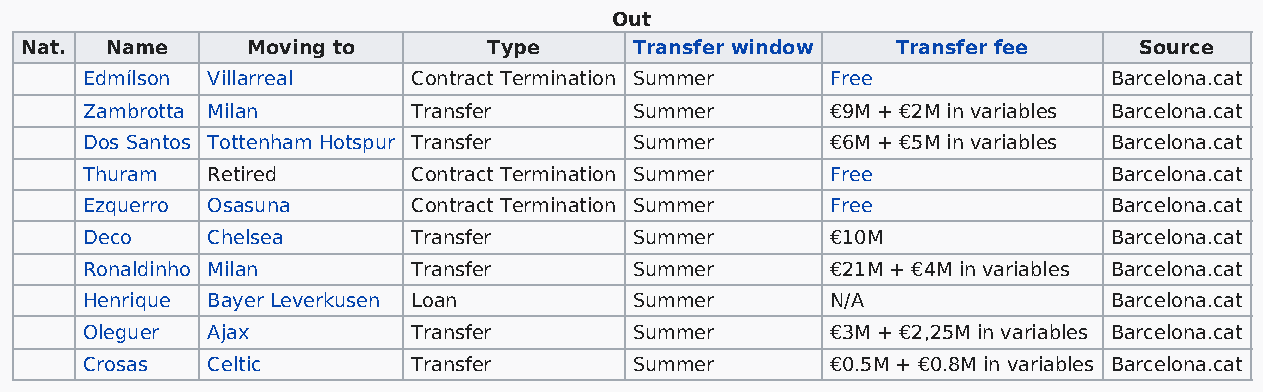
Out
 Nat.  Name     Moving to       Type      Transfer window  Transfer fee    Source
 Edmílson Villarreal   Contract Termination Summer Free              Barcelona.cat
 Zambrotta Milan       Transfer       Summer       €9M + €2M in variables Barcelona.cat
 Dos Santos Tottenham Hotspur Transfer Summer      €6M + €5M in variables Barcelona.cat
 Thuram   Retired      Contract Termination Summer Free              Barcelona.cat
 Ezquerro Osasuna      Contract Termination Summer Free              Barcelona.cat
 Deco     Chelsea      Transfer       Summer       €10M              Barcelona.cat
 Ronaldinho Milan      Transfer       Summer       €21M + €4M in variables Barcelona.cat
 Henrique Bayer Leverkusen Loan       Summer       N/A               Barcelona.cat
 Oleguer  Ajax         Transfer       Summer       €3M + €2,25M in variables Barcelona.cat
 Crosas   Celtic       Transfer       Summer       €0.5M + €0.8M in variables Barcelona.cat